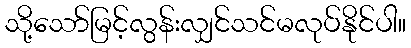
သို့သော်မြင့်လွန်းလျှင်သင်မလုပ်နိုင်ပါ။